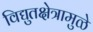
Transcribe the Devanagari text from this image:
विद्युतक्षेत्रामुळे